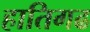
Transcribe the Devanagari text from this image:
हातिगढ